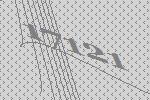
17121